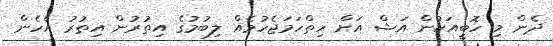
ދެން މި ހޮބީއަކުން އަޝް އަށް ހިތްހަމަޖެހުމެއް ލިބުމުގެ އިތުރުން އިތުރު އެހެން